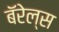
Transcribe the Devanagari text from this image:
बॅरेल्स